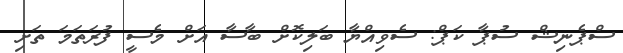
ސްޕެނިޝް ސުޕާ ކަޕް: ސެވިއްޔާ ބަލިކޮށް ބާސާ އަށް މެސީ ފުރަތަމަ ތަށި